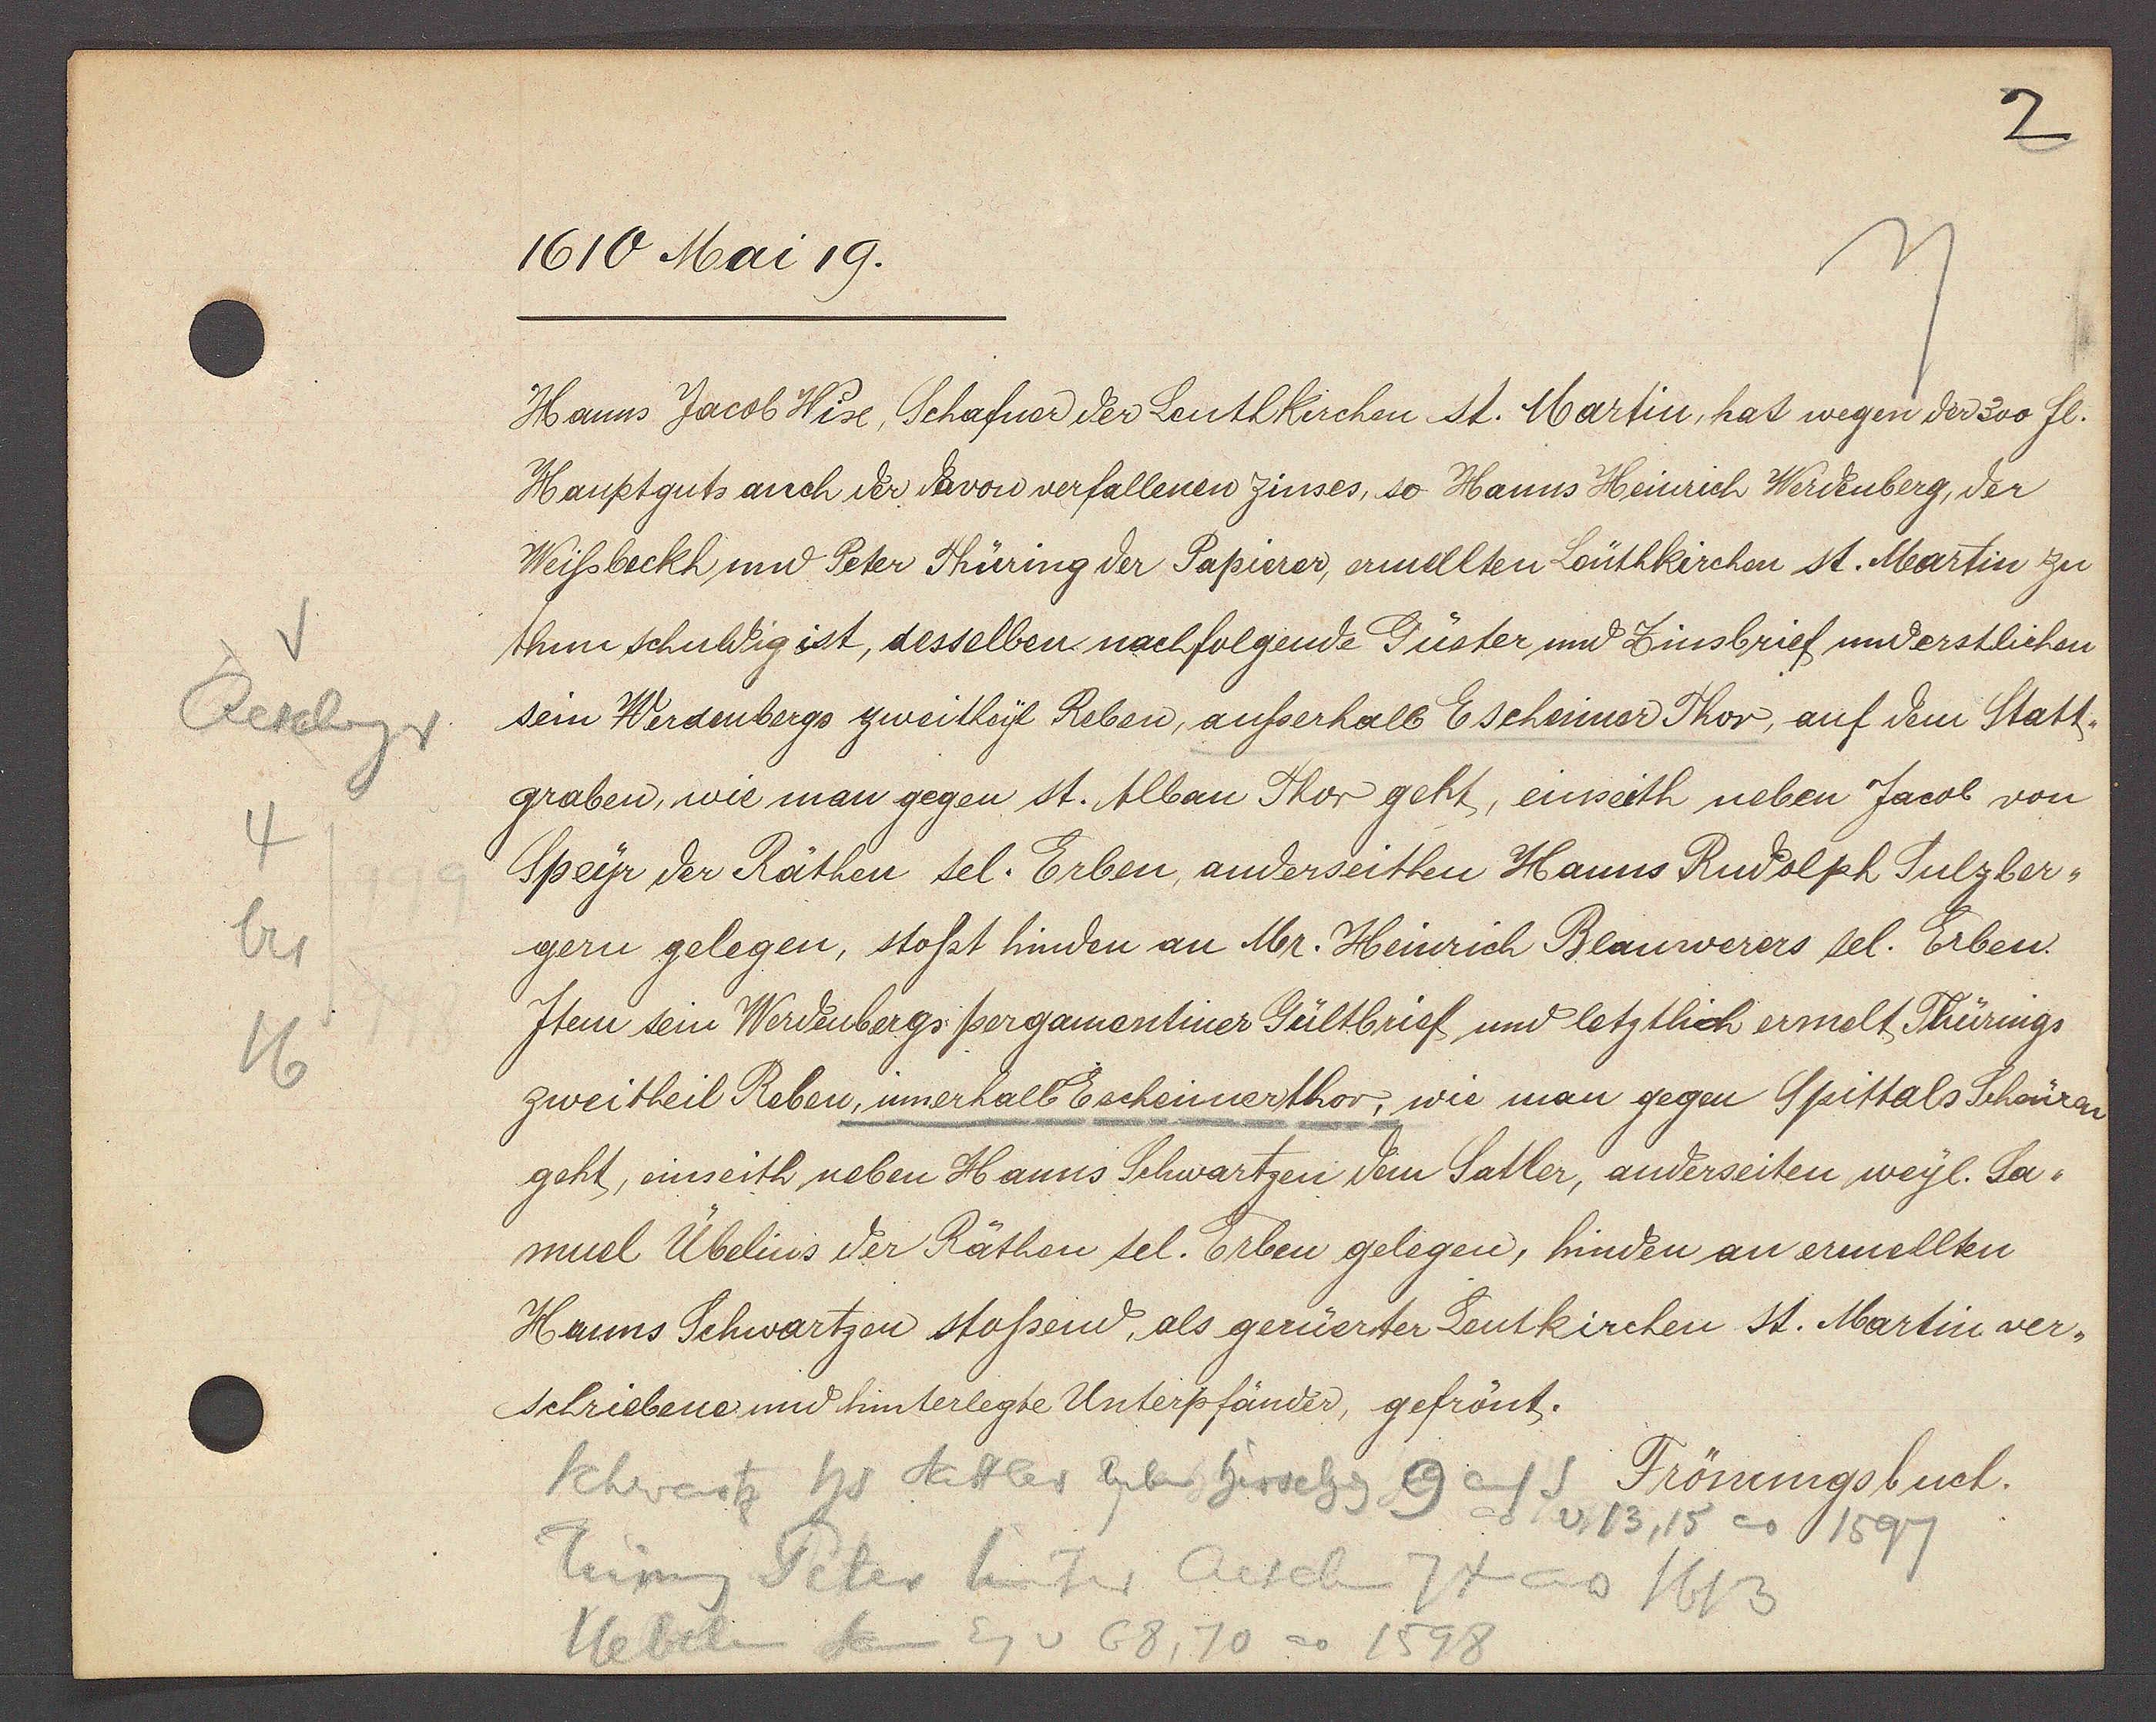
Transcript:
Reschgr
4
bis
16

1610 Mai 19.

Hanns Jacob Wise, Schafner der Leutkirchen st. Martin, hat wegen der 300 fl.
Hauptguts auch der davon verfallenen zinses, so Hanns Heinrich Werdenberg, der
Weissbeckh und Peter Thüring der Papierer, ermellten Loüthkirchen st. Martin zu
thun schuldig ist, desselben nachfolgende Güster und Zinsbrief understlichen
sein Werdenbergs zweitheyl Reben, ausserhalb Eschenner Thor, auf dem Statt¬
graben, wie man gegen st. Alban Thor geht, einseith neben Jacob von
Speyr der Räthen sel. Erben, anderseithen Hanns Rudolph Sulzber¬
gern gelegen, stosst hinden an Mr. Heinrich Blauwerers sel. Erben.
Item sein Werdenbergs pergamantiner Gültbrief und letztlich ermelt Thürings
zweitheil Reben, innerhalb Eschennerthor, wie man gegen Spittals Scheüren
geht, einseith neben Hanns Schwartzen dem Satler, anderseiten weyl. Sa-
muel Ubelins der Räthen sel. Erben gelegen, hinden an ermellten
Hanns Schwartzen stossend, als gerüerter Leutkirchen st. Martin ver¬
schriebene und hinterlegte Unterpfänder, gefrönt.

Schwartz hs Sattler neben hirschg 9 auf S v. 13, 15 ao 1597
Türing Peter hinter Aeschen 74 ao 1613
Ueberlin Sam Eg v 68, 70 ao 1598

Frönungsbuch.